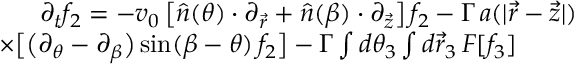
\begin{array} { r l r } & { } & { \partial _ { t } f _ { 2 } = - v _ { 0 } \left[ \hat { n } ( \theta ) \cdot \partial _ { \vec { r } } + \hat { n } ( \beta ) \cdot \partial _ { \vec { z } } \right] f _ { 2 } - \Gamma \, a ( | \vec { r } - \vec { z } | ) } \\ & { } & { \times \big [ \big ( \partial _ { \theta } - \partial _ { \beta } \big ) \, \mathrm { s i n } ( \beta - \theta ) \, f _ { 2 } \big ] - \Gamma \int d \theta _ { 3 } \int d \vec { r } _ { 3 } \, F [ f _ { 3 } ] ~ ~ ~ ~ ~ ~ ~ } \end{array}